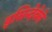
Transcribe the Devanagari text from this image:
इसिन्देबेले